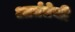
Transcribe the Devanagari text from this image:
आर्ततेची